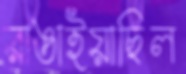
রাঙাইয়াছিল